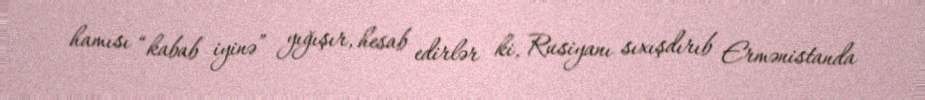
hamısı “kabab iyinə” yığışır, hesab edirlər ki, Rusiyanı sıxışdırıb Ermənistanda